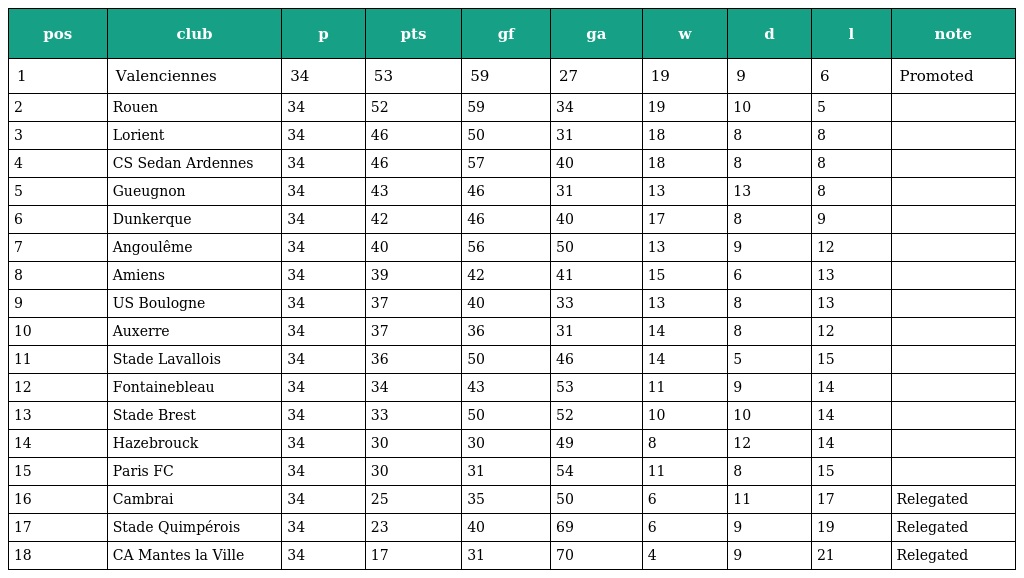
| pos | club | p | pts | gf | ga | w | d | l | note |
 | --- | --- | --- | --- | --- | --- | --- | --- | --- | --- |
 | 1 | Valenciennes | 34 | 53 | 59 | 27 | 19 | 9 | 6 | Promoted |
 | 2 | Rouen | 34 | 52 | 59 | 34 | 19 | 10 | 5 |  |
 | 3 | Lorient | 34 | 46 | 50 | 31 | 18 | 8 | 8 |  |
 | 4 | CS Sedan Ardennes | 34 | 46 | 57 | 40 | 18 | 8 | 8 |  |
 | 5 | Gueugnon | 34 | 43 | 46 | 31 | 13 | 13 | 8 |  |
 | 6 | Dunkerque | 34 | 42 | 46 | 40 | 17 | 8 | 9 |  |
 | 7 | Angoulême | 34 | 40 | 56 | 50 | 13 | 9 | 12 |  |
 | 8 | Amiens | 34 | 39 | 42 | 41 | 15 | 6 | 13 |  |
 | 9 | US Boulogne | 34 | 37 | 40 | 33 | 13 | 8 | 13 |  |
 | 10 | Auxerre | 34 | 37 | 36 | 31 | 14 | 8 | 12 |  |
 | 11 | Stade Lavallois | 34 | 36 | 50 | 46 | 14 | 5 | 15 |  |
 | 12 | Fontainebleau | 34 | 34 | 43 | 53 | 11 | 9 | 14 |  |
 | 13 | Stade Brest | 34 | 33 | 50 | 52 | 10 | 10 | 14 |  |
 | 14 | Hazebrouck | 34 | 30 | 30 | 49 | 8 | 12 | 14 |  |
 | 15 | Paris FC | 34 | 30 | 31 | 54 | 11 | 8 | 15 |  |
 | 16 | Cambrai | 34 | 25 | 35 | 50 | 6 | 11 | 17 | Relegated |
 | 17 | Stade Quimpérois | 34 | 23 | 40 | 69 | 6 | 9 | 19 | Relegated |
 | 18 | CA Mantes la Ville | 34 | 17 | 31 | 70 | 4 | 9 | 21 | Relegated |